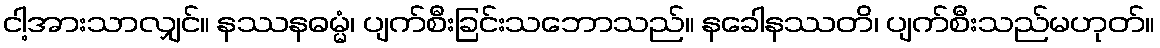
ငါ့အားသာလျှင်။ နဿနဓမ္မံ၊ ပျက်စီးခြင်းသဘောသည်။ နခေါနဿတိ၊ ပျက်စီးသည်မဟုတ်။